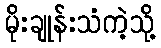
မိုးချုန်းသံကဲ့သို့